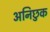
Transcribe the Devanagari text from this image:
अनिछुक